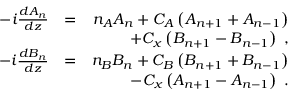
\begin{array} { r l r } { - i \frac { d A _ { n } } { d z } } & { = } & { n _ { A } A _ { n } + C _ { A } \left( A _ { n + 1 } + A _ { n - 1 } \right) } \\ & { } & { + C _ { x } \left( B _ { n + 1 } - B _ { n - 1 } \right) \; , } \\ { - i \frac { d B _ { n } } { d z } } & { = } & { n _ { B } B _ { n } + C _ { B } \left( B _ { n + 1 } + B _ { n - 1 } \right) } \\ & { } & { - C _ { x } \left( A _ { n + 1 } - A _ { n - 1 } \right) \; . } \end{array}